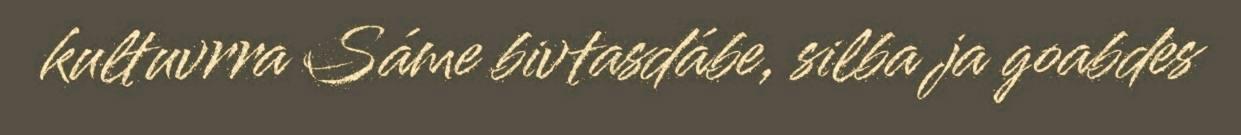
kultuvrra Sáme bivtasdábe, silba ja goabdes